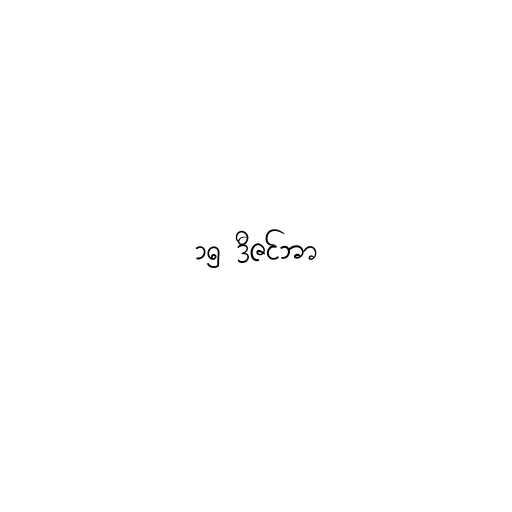
၁၅ ဒီဇင်ဘာ